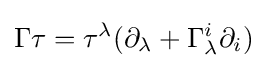
\Gamma \tau =\tau ^{\lambda }(\partial _{\lambda }+\Gamma _{\lambda }^{i}\partial _{i})